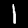
Label: 1